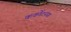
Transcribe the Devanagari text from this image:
कर्कोटनाग